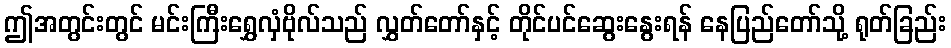
ဤအတွင်းတွင် မင်းကြီးရွှေလှံဗိုလ်သည် လွှတ်တော်နှင့် တိုင်ပင်ဆွေးနွေးရန် နေပြည်တော်သို့ ရုတ်ခြည်း